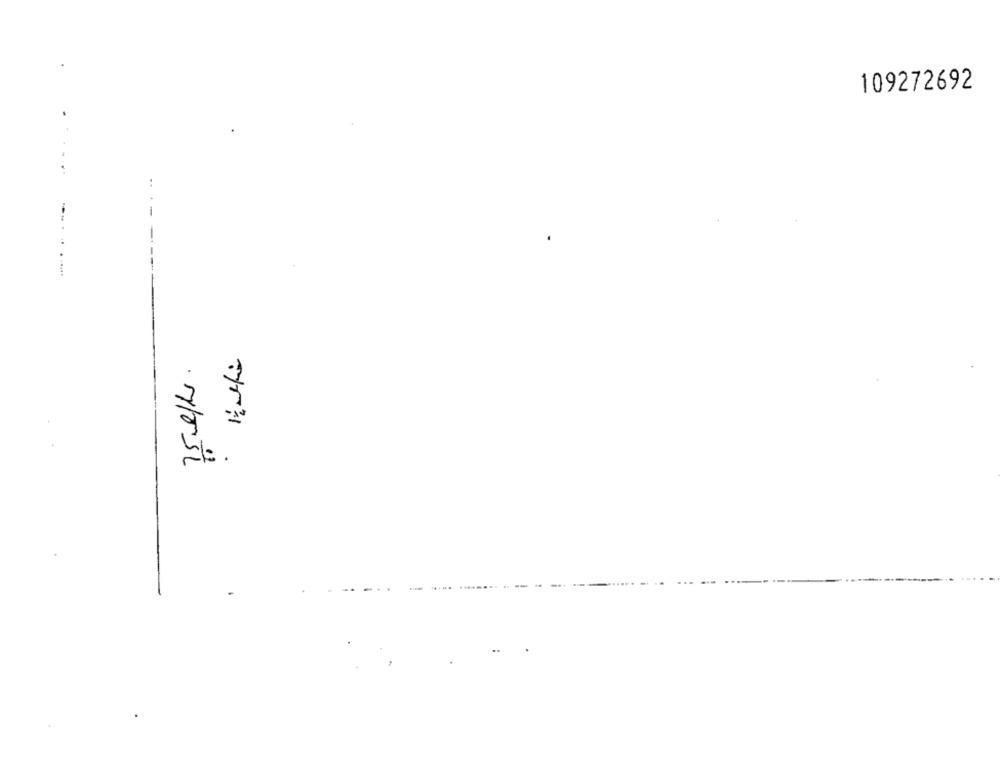
109272692
...